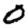
Digit: 0